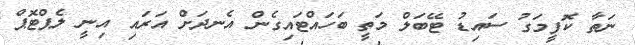
ނަތާ ކޮފީމަގު ސައިޑު ޓޭބަލް މަތީ ބަހައްޓައިގެން އެނދަށް އަރައި އިނީ ލެޕްޓޮޕް